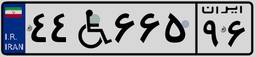
۴۴W۶۶۵۹۶